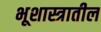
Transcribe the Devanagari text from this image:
भूशास्त्रातील